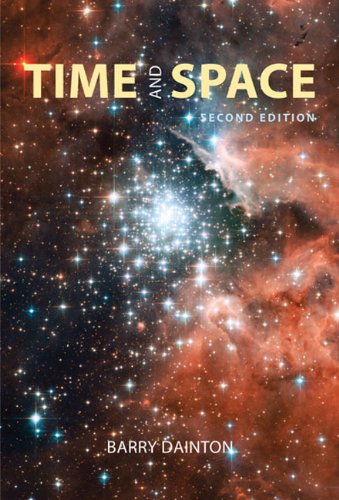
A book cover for Time and Space: Second Edition; Barry Dainton; Science & Math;